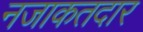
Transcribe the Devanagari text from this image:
नजाकतदार